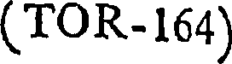
(TOR-164)